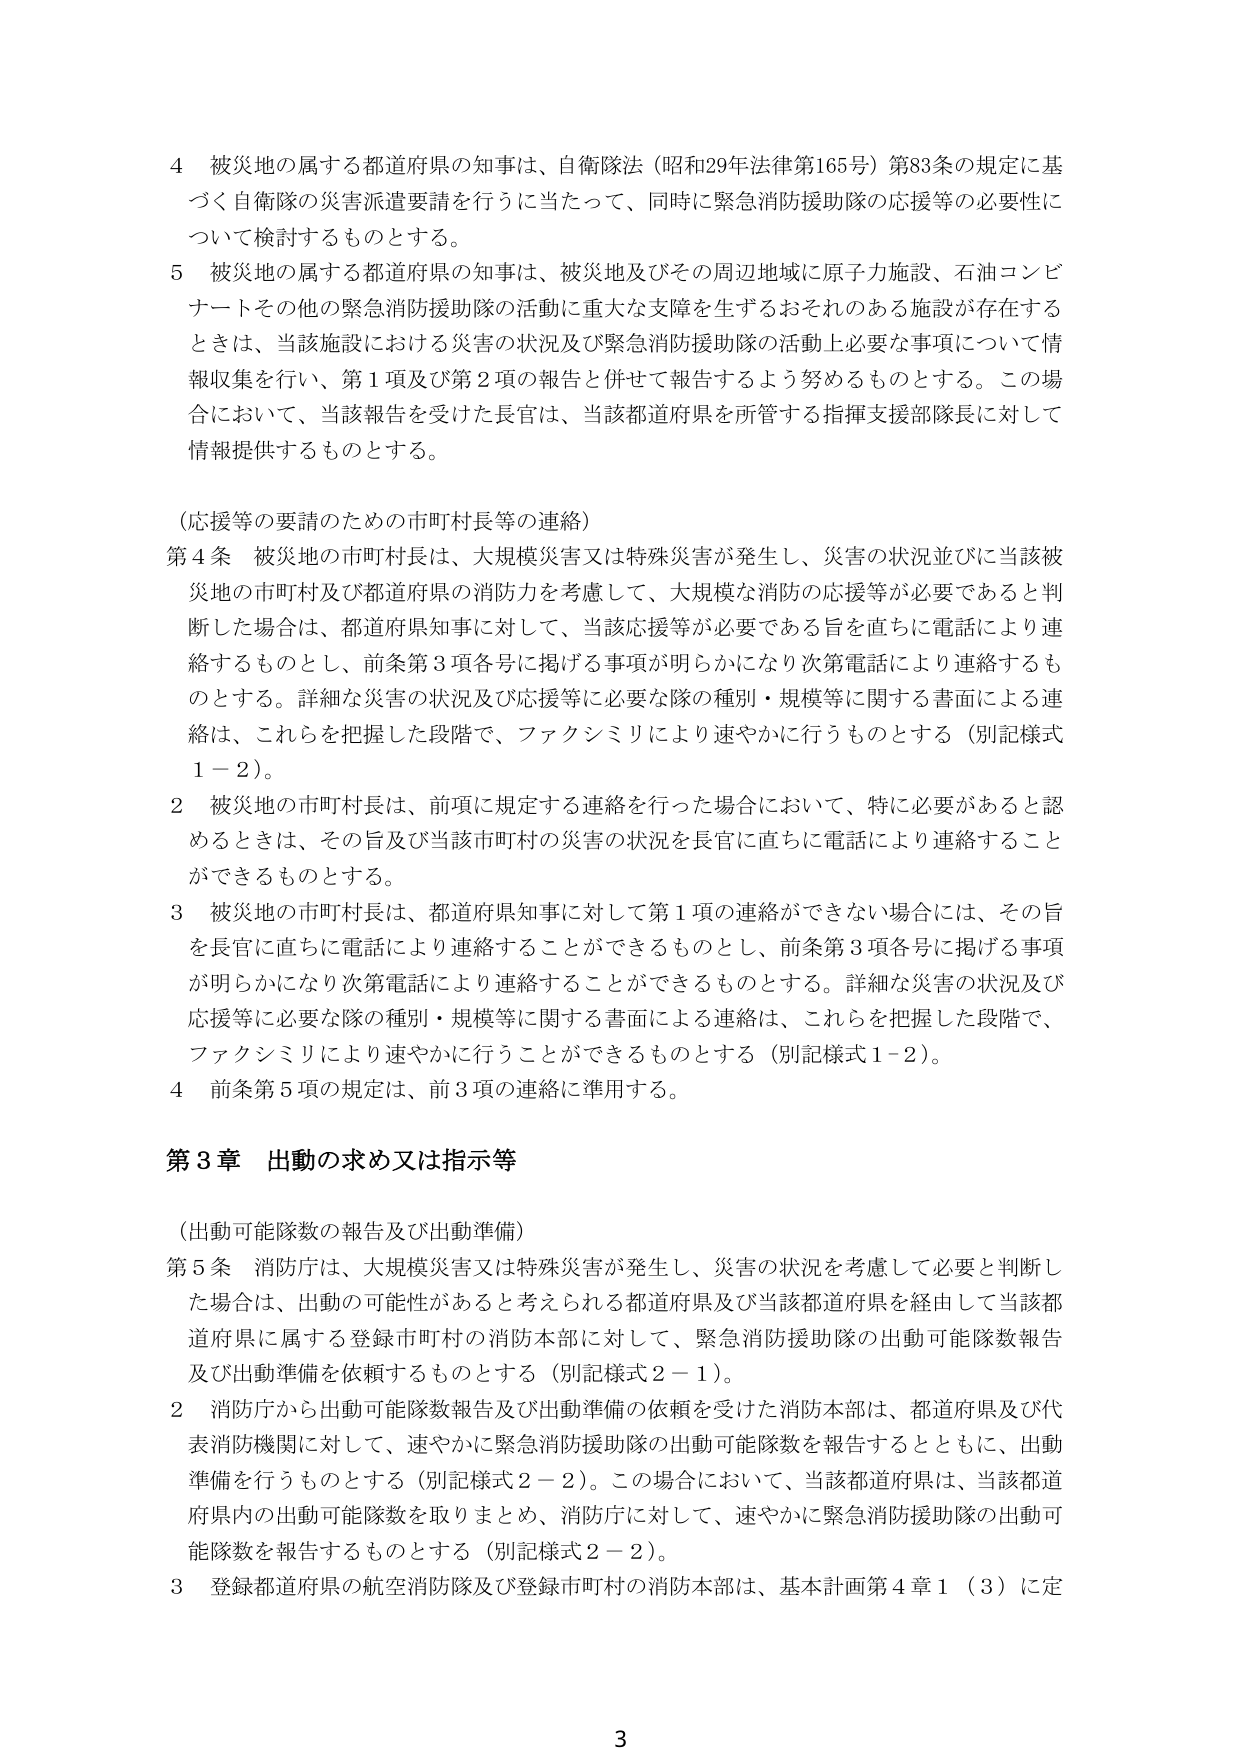
4 被災地の属する都道府県の知事は、自衛隊法（昭和29年法律第165号）第83条の規定に基づく自衛隊の災害派遣要請を行うに当たって、同時に緊急消防援助隊の応援等の必要性について検討するものとする。

5 被災地の属する都道府県の知事は、被災地及びその周辺地域に原子力施設、石油コンビナートその他の緊急消防援助隊の活動に重大な支障を生ずるおそれのある施設が存在するときは、当該施設における災害の状況及び緊急消防援助隊の活動上必要な事項について情報収集を行い、第1項及び第2項の報告と併せて報告するよう努めるものとする。この場合において、当該報告を受けた長官は、当該都道府県を所管する指揮支援部隊長に対して情報提供するものとする。

（応援等の要請のための市町村長等の連絡）

第4条 被災地の市町村長は、大規模災害又は特殊災害が発生し、災害の状況並びに当該被災地の市町村及び都道府県の消防力を考慮して、大規模な消防の応援等が必要であると判断した場合は、都道府県知事に対して、当該応援等が必要である旨を直ちに電話により連絡するものとし、前条第3項各号に掲げる事項が明らかになり次第電話により連絡するものとする。詳細な災害の状況及び応援等に必要な隊の種別・規模等に関する書面による連絡は、これらを把握した段階で、ファクシミリにより速やかに行うものとする（別記様式1－2）。

2 被災地の市町村長は、前項に規定する連絡を行った場合において、特に必要があると認めるときは、その旨及び当該市町村の災害の状況を長官に直ちに電話により連絡することができるものとする。

3 被災地の市町村長は、都道府県知事に対して第1項の連絡ができない場合には、その旨を長官に直ちに電話により連絡することができるものとし、前条第3項各号に掲げる事項が明らかになり次第電話により連絡することができるものとする。詳細な災害の状況及び応援等に必要な隊の種別・規模等に関する書面による連絡は、これらを把握した段階で、ファクシミリにより速やかに行うことができるものとする（別記様式1－2）。

4 前条第5項の規定は、前3項の連絡に準用する。

第3章 出動の求め又は指示等

（出動可能隊数の報告及び出動準備）

第5条 消防庁は、大規模災害又は特殊災害が発生し、災害の状況を考慮して必要と判断した場合は、出動の可能性があると考えられる都道府県及び当該都道府県を経由して当該都道府県に属する登録市町村の消防本部に対して、緊急消防援助隊の出動可能隊数報告及び出動準備を依頼するものとする（別記様式2－1）。

2 消防庁から出動可能隊数報告及び出動準備の依頼を受けた消防本部は、都道府県及び代表消防機関に対して、速やかに緊急消防援助隊の出動可能隊数を報告するとともに、出動準備を行うものとする（別記様式2－2）。この場合において、当該都道府県は、当該都道府県内の出動可能隊数を取りまとめ、消防庁に対して、速やかに緊急消防援助隊の出動可能隊数を報告するものとする（別記様式2－2）。

3 登録都道府県の航空消防隊及び登録市町村の消防本部は、基本計画第4章1（3）に定

3